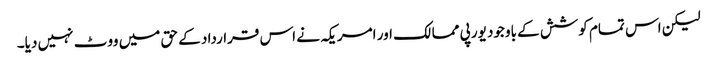
لیکن اس تمام کوشش کے باوجود یورپی ممالک اور امریکہ نے اس قرارداد کے حق میں ووٹ نہیں دیا۔